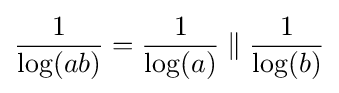
{\frac {1}{\log(ab)}}={\frac {1}{\log(a)}}\parallel {\frac {1}{\log(b)}}